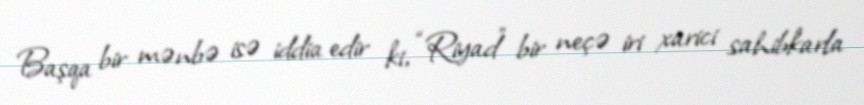
Başqa bir mənbə isə iddia edir ki, “Riyad” bir neçə iri xarici sahibkarla